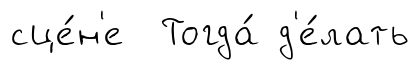
сце́н'е Тогда́ д'е́лать